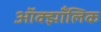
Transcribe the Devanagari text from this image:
ऑक्झाँलिक